Lunatic asylums Central Provinces reports 1910-1926 - 1910-1926
Year: 1910
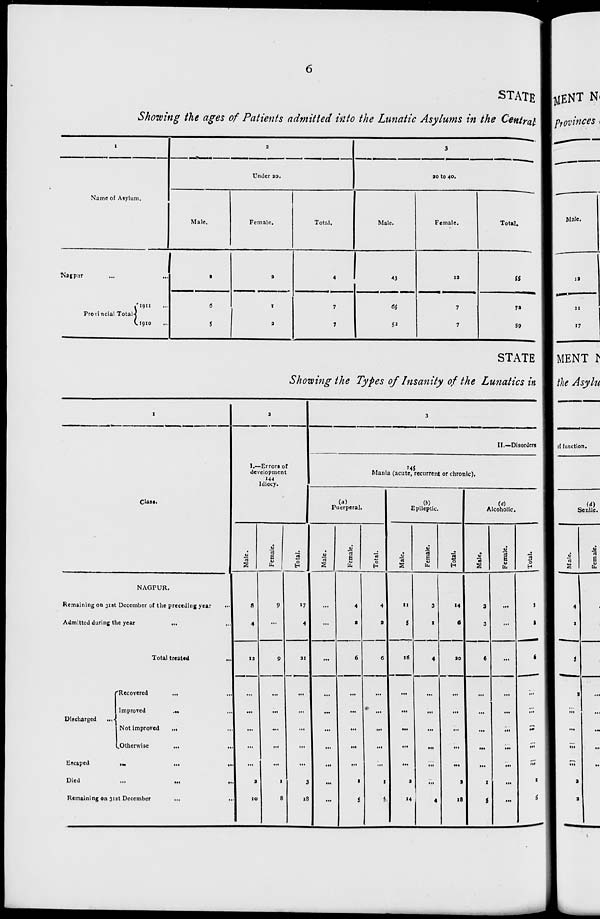
6
STATE
Showing the ages of Patients admitted into the Lunatic Asylums in the Central
1
Name of Asylum.
Nagpur
...
...
Provincial Total.
1911 ...
1910 ...
2
Under 20.
Male.
2
6
5
Female.
2
1
2
Total.
4
7
7
3
20 to 40.
Male.
42
65
52
Female.
12
7
7
Total.
55
72
59
STATE
Showing the Types of Insanity of the Lunatics in
1
Class.
NAGPUR.
Remaining on 31st December of the preceding year ...
Admitted during the year
... ...
Total treated ...
Discharged
...
Recovered
... ...
Improved
... ...
Not improved
... ...
Otherwise
...
...
Escaped
...
...
...
Died
...
...
...
Remaining on 31st December ... ...
2
I.—Errors of
development
144
Idiocy.
Male.
8
4
12
...
...
...
...
...
2
10
Female.
9
...
9
...
...
...
...
...
1
8
Total.
17
4
21
...
...
...
...
...
3
18
3
II.—Disorders
145
Mania (acute, recurrent or chronic).
(a)
Puerperal.
Male.
...
...
...
...
...
...
...
...
...
...
Female.
4
2
6
...
...
...
...
...
1
5
Total.
4
2
6
...
...
...
...
...
1
5
(b)
Epileptic.
Male.
11
5
16
...
...
...
...
...
2
14
Female.
3
1
4
...
...
...
...
...
...
4
Total.
14
6
20
...
...
...
...
...
2
18
(c)
Alcoholic.
Male.
3
3
6
...
...
...
...
...
1
5
Female.
...
...
...
...
...
...
...
...
...
...
Total.
3
3
6
...
...
...
...
...
1
5